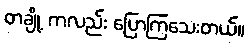
တချို့ ကလည်း ပြောကြသေးတယ်။